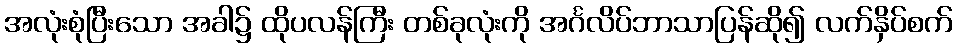
အလုံးစုံပြီးသော အခါ၌ ထိုပလန်ကြီး တစ်ခုလုံးကို အင်္ဂလိပ်ဘာသာပြန်ဆို၍ လက်နှိပ်စက်